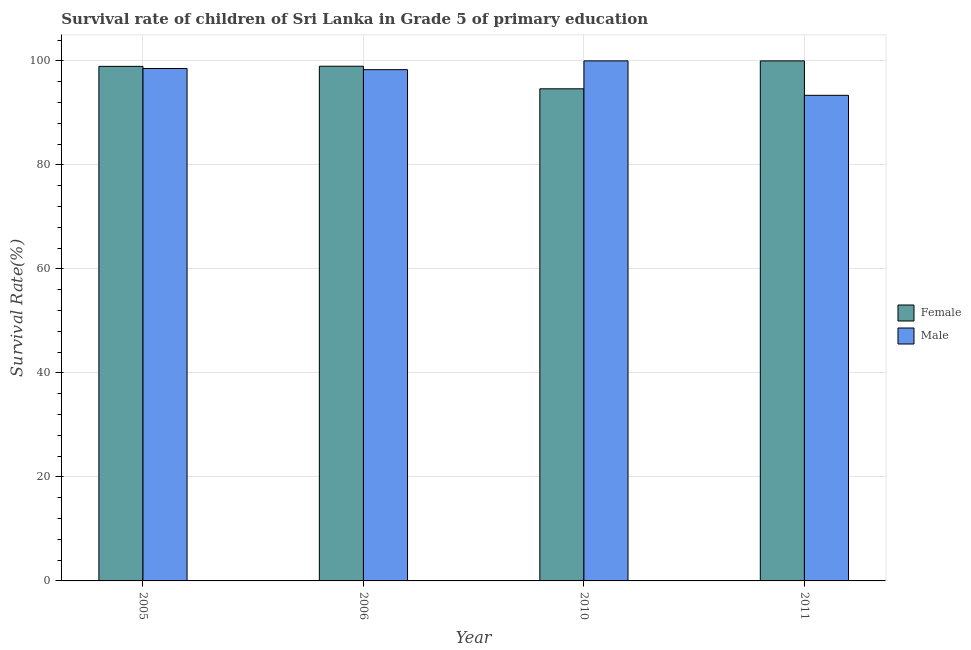
| Year | Female | Male |
 | --- | --- | --- |
 | 2005 | 98.9 | 98.5 |
 | 2006 | 99 | 98.3 |
 | 2010 | 94.6 | 100 |
 | 2011 | 100 | 93.4 |